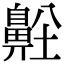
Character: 𪖜